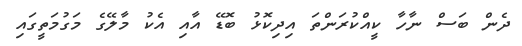
ދެން ބަސް ނާހާ ކީއްކުރަންތަ އިދިކޮޅު ބޮޑޭ އާއި އެކު މާލޭގެ މަގުމަތީގައި